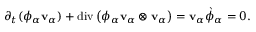
\begin{array} { r } { \partial _ { t } ( \phi _ { \alpha } \mathbf { v } _ { \alpha } ) + \mathrm { d i v } \left( \phi _ { \alpha } \mathbf { v } _ { \alpha } \otimes \mathbf { v } _ { \alpha } \right) = \mathbf { v } _ { \alpha } \grave { \phi } _ { \alpha } = 0 . } \end{array}